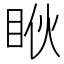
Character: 𱲳